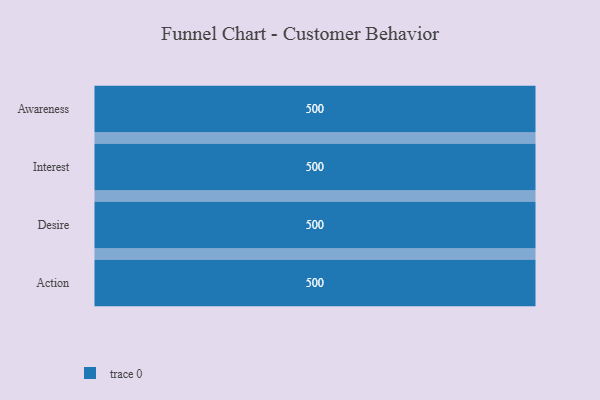
{"axis": {"x": "Stage", "y": "Value"}, "legend": [""], "data": [{"x": "Awareness", "y": 500, "type": ""}, {"x": "Interest", "y": 500, "type": ""}, {"x": "Desire", "y": 500, "type": ""}, {"x": "Action", "y": 500, "type": ""}]}